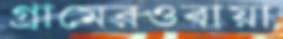
গ্রামেরওবায়া